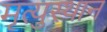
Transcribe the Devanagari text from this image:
मृत्युस्थान